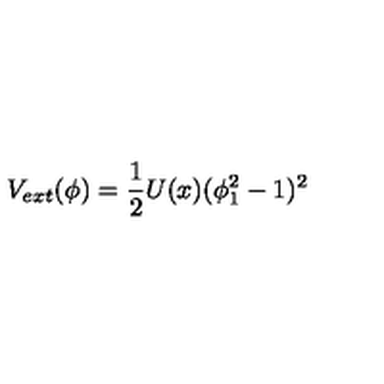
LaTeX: V _ { e x t } ( \phi ) = { \frac { 1 } { 2 } } U ( x ) ( \phi _ { 1 } ^ { 2 } - 1 ) ^ { 2 }